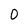
Character: 0